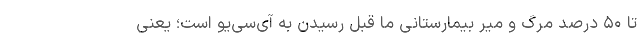
تا ۵۰ درصد مرگ و میر بیمارستانی ما قبل رسیدن به ‌آی‌سی‌یو است؛ یعنی